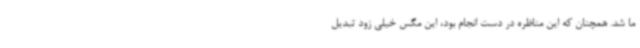
ما شد. همچنان که این مناظره در دست انجام بود، این مگس خیلی زود تبدیل